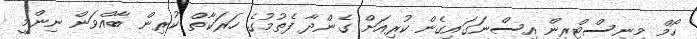
ހޯމް މިނިސްޓްރީން އިސްނަގައިގެން ކުރިއަށް ގެންދާ ފެތުމުގެ ހަރަކާތް ކުރިން ބާއްވަން ނިންމީ